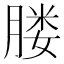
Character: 𦝼